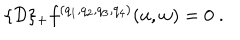
\{ { \cal D } \} _ { + } f ^ { ( q _ { 1 } , q _ { 2 } , q _ { 3 } , q _ { 4 } ) } ( u , w ) = 0 \; .